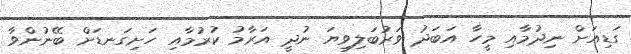
ގަޑިއަށް ނިދުމާއި މީހާ އަބަދު ވަރުބަލިވިޔަ ނުދީ އަރާމު ކުރުމާއި ހަށިގަނޑަށް ބޭނުންވާ